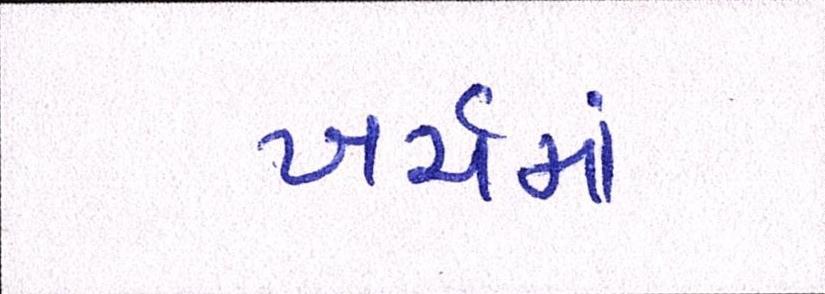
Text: ખર્ચમાં